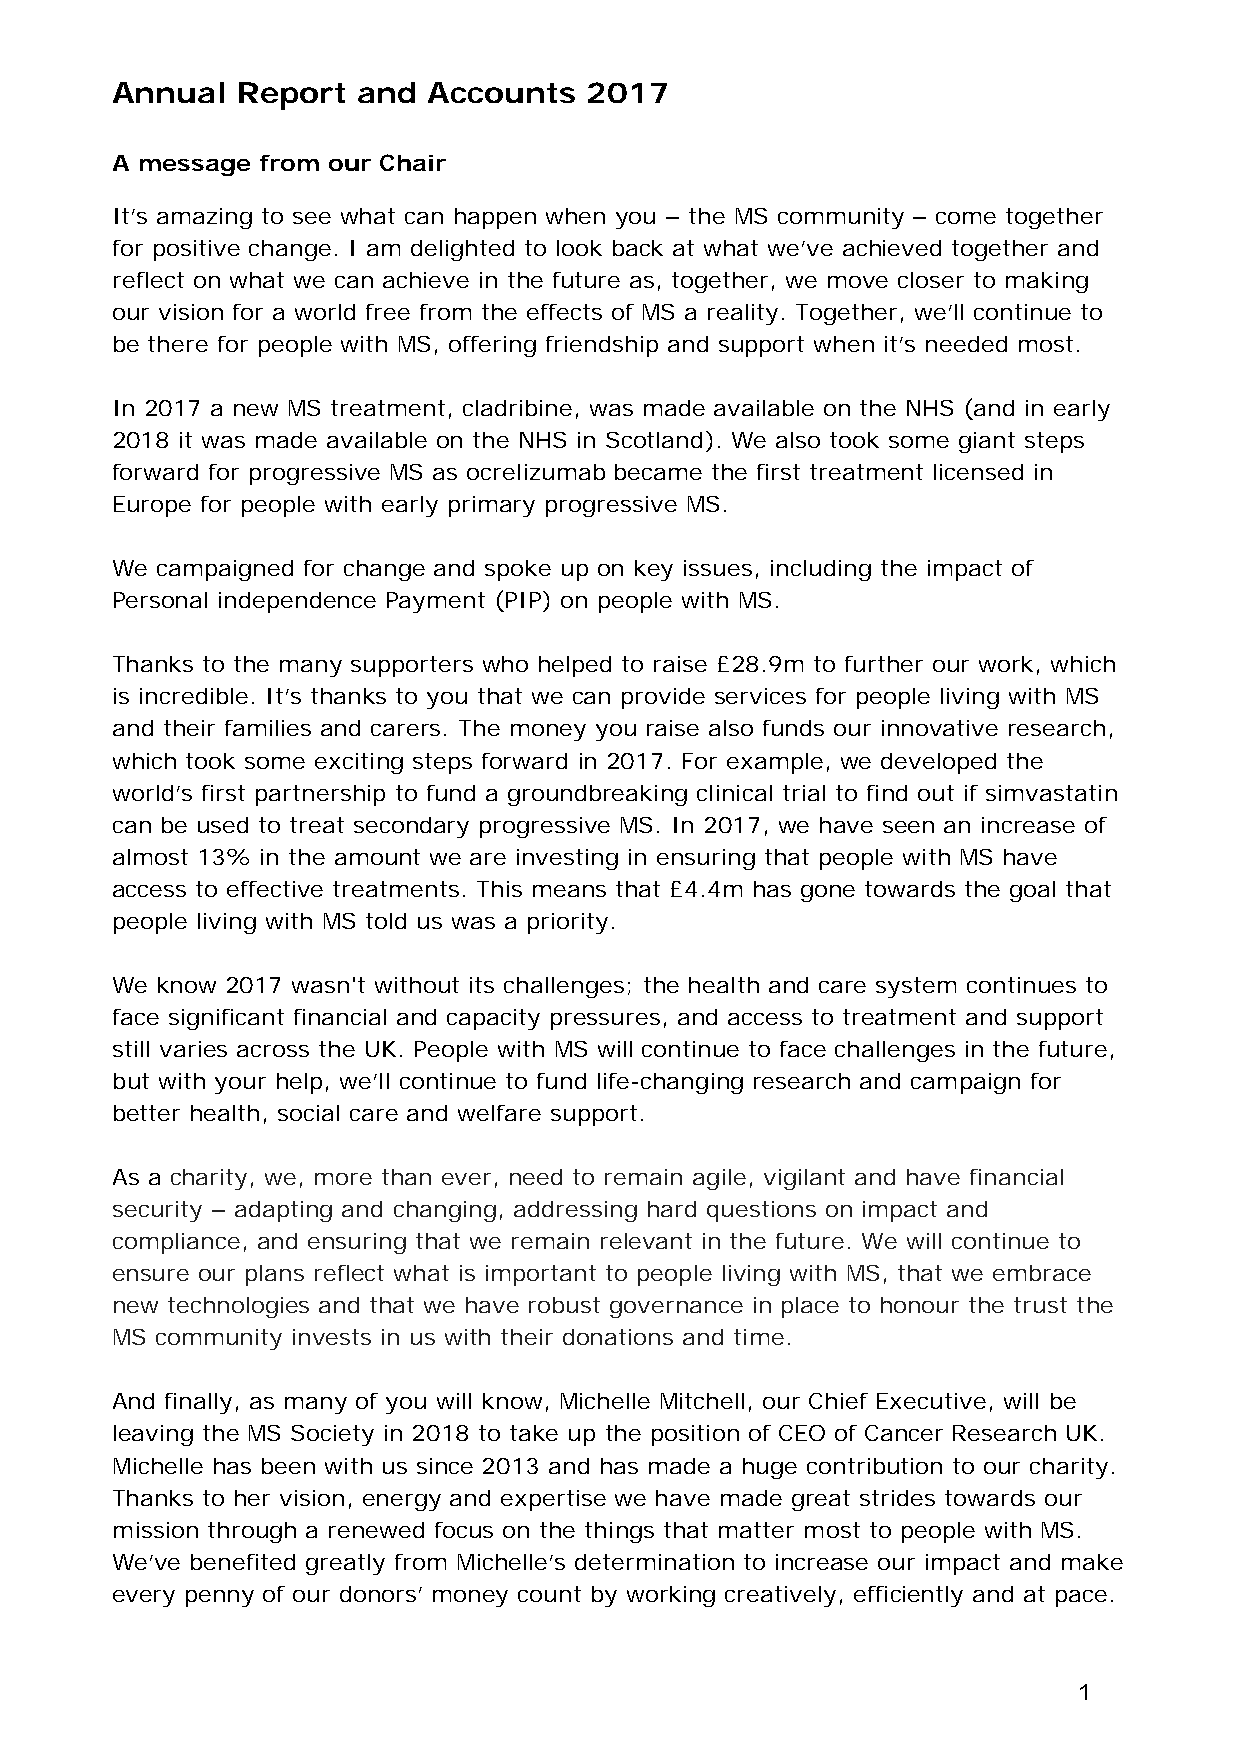
Annual   Report  and Accounts   2017
 A message from our Chair
 It’s amazing to see what can happen when you – the MS community – come together
 for positive change. I am delighted to look back at what we’ve achieved together and
 reflect on what we can achieve in the future as, together, we move closer to making
 our vision for a world free from the effects of MS a reality. Together, we’ll continue to
 be there for people with MS, offering friendship and support when it’s needed most.
 In 2017 a new MS treatment, cladribine, was made available on the NHS (and in early
 2018 it was made available on the NHS in Scotland). We also took some giant steps
 forward for progressive MS as ocrelizumab became the first treatment licensed in
 Europe for people with early primary progressive MS.
 We campaigned for change and spoke up on key issues, including the impact of
 Personal independence Payment (PIP) on people with MS.
 Thanks to the many supporters who helped to raise £28.9m to further our work, which
 is incredible. It’s thanks to you that we can provide services for people living with MS
 and their families and carers. The money you raise also funds our innovative research,
 which took some exciting steps forward in 2017. For example, we developed the
 world’s first partnership to fund a groundbreaking clinical trial to find out if simvastatin
 can be used to treat secondary progressive MS. In 2017, we have seen an increase of
 almost 13% in the amount we are investing in ensuring that people with MS have
 access to effective treatments. This means that £4.4m has gone towards the goal that
 people living with MS told us was a priority.
 We know 2017 wasn't without its challenges; the health and care system continues to
 face significant financial and capacity pressures, and access to treatment and support
 still varies across the UK. People with MS will continue to face challenges in the future,
 but with your help, we’ll continue to fund life-changing research and campaign for
 better health, social care and welfare support.
 As a charity, we, more than ever, need to remain agile, vigilant and have financial
 security – adapting and changing, addressing hard questions on impact and
 compliance, and ensuring that we remain relevant in the future. We will continue to
 ensure our plans reflect what is important to people living with MS, that we embrace
 new technologies and that we have robust governance in place to honour the trust the
 MS community invests in us with their donations and time.
 And finally, as many of you will know, Michelle Mitchell, our Chief Executive, will be
 leaving the MS Society in 2018 to take up the position of CEO of Cancer Research UK.
 Michelle has been with us since 2013 and has made a huge contribution to our charity.
 Thanks to her vision, energy and expertise we have made great strides towards our
 mission through a renewed focus on the things that matter most to people with MS.
 We’ve benefited greatly from Michelle’s determination to increase our impact and make
 every penny of our donors’ money count by working creatively, efficiently and at pace.
 1